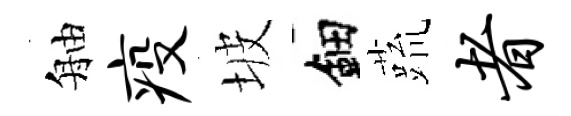
舳疫坡鈿蔬者